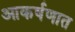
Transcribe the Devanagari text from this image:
आकर्षणात